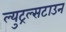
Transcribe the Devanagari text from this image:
ल्युट्रल्सटाउन